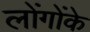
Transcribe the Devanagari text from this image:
लोंगोंके